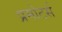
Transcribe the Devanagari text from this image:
प्रमोटर्स